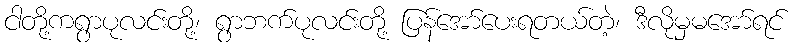
ငါတို့ကရွာပုလင်းတို့၊ ရွာဘက်ပုလင်းတို့ ပြန်အော်ပေးရတယ်တဲ့၊ ဒီလိုမှမအော်ရင်